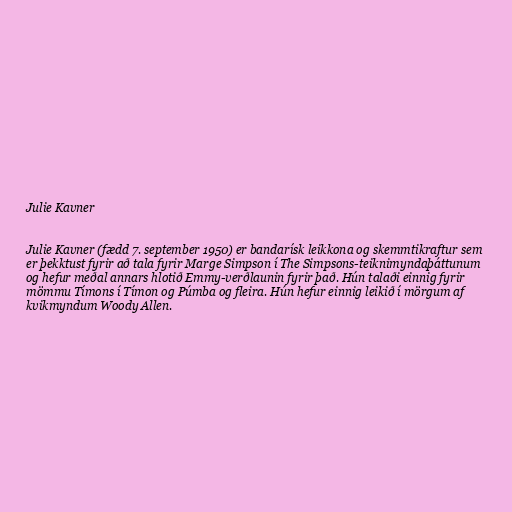
Julie Kavner

Julie Kavner (fædd 7. september 1950) er bandarísk leikkona og skemmtikraftur sem
er þekktust fyrir að tala fyrir Marge Simpson í The Simpsons-teiknimyndaþáttunum
og hefur meðal annars hlotið Emmy-verðlaunin fyrir það. Hún talaði einnig fyrir
mömmu Tímons í Tímon og Púmba og fleira. Hún hefur einnig leikið í mörgum af
kvikmyndum Woody Allen.